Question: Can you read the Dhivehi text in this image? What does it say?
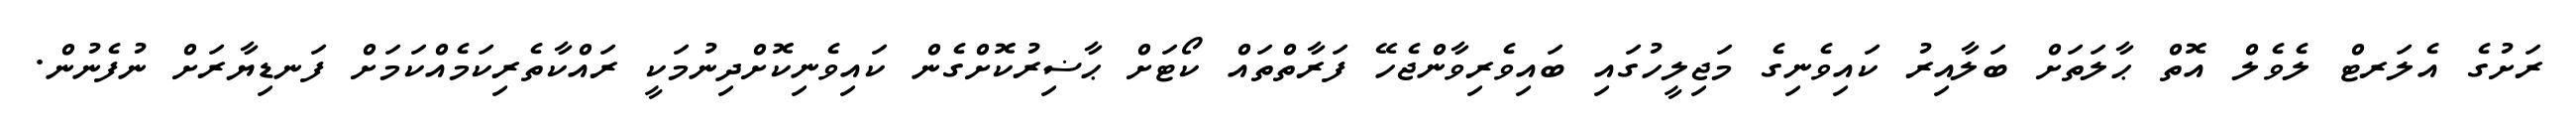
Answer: ރަށުގެ އެލަރޓް ލެވެލް އޮތް ޙާލަތަށް ބަލާއިރު ކައިވެނިގެ މަޖިލީހުގައި ބައިވެރިވާންޖެހޭ ފަރާތްތައް ކޯޓަށް ޙާޟިރުކޮށްގެން ކައިވެނިކޮށްދިނުމަކީ ރައްކާތެރިކަމެއްކަމަށް ފަނޑިޔާރަށް ނުފެނުން.